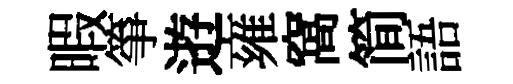
暇箏逰雍窩简語